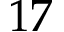
1 7